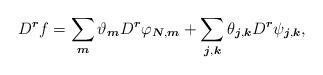
LaTeX: \begin{align*}D^{\boldsymbol{r}}f=\sum_{\boldsymbol{m}}\vartheta_{\boldsymbol{m}}D^{\boldsymbol{r}}\varphi_{\boldsymbol{N},\boldsymbol{m}}+\sum_{\boldsymbol{j},\boldsymbol{k}}\theta_{\boldsymbol{j},\boldsymbol{k}}D^{\boldsymbol{r}}\psi_{\boldsymbol{j},\boldsymbol{k}},\end{align*}